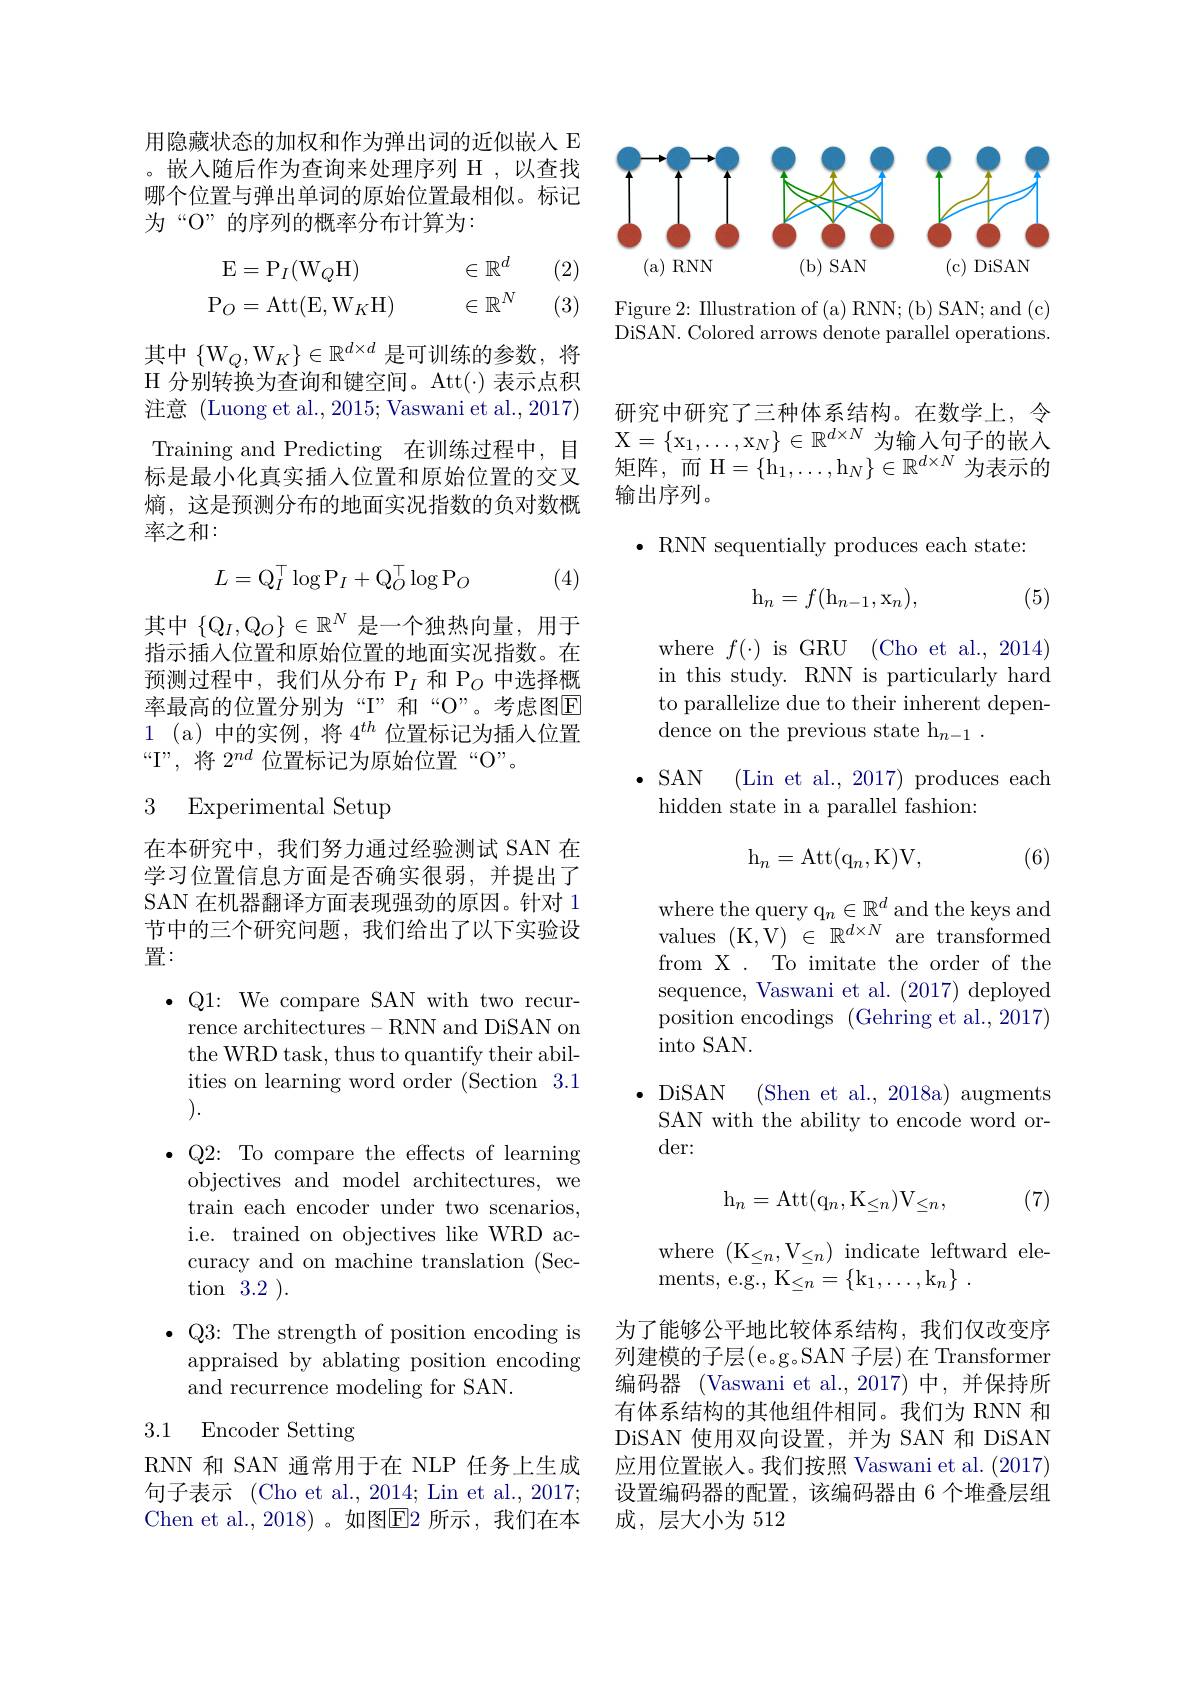
<FigureHere>

Figure 2: Illustration of (a) RNN; (b) SAN; and (c) DiSAN. Colored arrows denote parallel operations.

用隐藏状态的加权和作为弹出词的近似嵌人 E 。嵌入随后作为查询来处理序列 H ,以查找哪个位置与弹出单词的原始位置最相似。标记为“O”的序列的概率分布计算为：
$$\begin{aligned}\mathrm{E}&=\mathrm{P}_I(\mathrm{W}_Q\mathrm{H})&\in\mathbb{R}^d\\\mathrm{P}_O&=\mathrm{Att}(\mathrm{E},\mathrm{W}_K\mathrm{H})&\in\mathbb{R}^N\end{aligned}$$
(2) (3)

其中$\{\mathrm{W}_Q,\mathrm{W}_K\}\in\mathbb{R}^{d\times d}$是可训练的参数，将H 分别转换为查询和键空间。Att(·)表示点积注意 (Luong et al., 2015; Vaswani et al., 2017) Training and Predicting 在训练过程中，目$\begin{array}{cc}\mathrm{X=\{x_1,\ldots,x_N\}\in\mathbb{R}^{d\times N}}\text{为输人句子的嵌入}\\\text{标是最小化真实插入位置和原始位置的交叉}&\text{矩阵，而 H=\{h}_1,\ldots,\mathrm{h}_N\}\in\mathbb{R}^{d\times N}\text{为表示的}\end{array}$
标是最小化真实插入位置和原始位置的交叉熵，这是预测分布的地面实况指数的负对数概率之和：
$$L=\mathrm Q_I^\top\log\mathrm P_I+\mathrm Q_O^\top\log\mathrm P_O$$
(4)

其中$\{\mathbb{Q}_I,\mathbb{Q}_O\}\in\mathbb{R}^N$是一个独热向量，用于指示插入位置和原始位置的地面实况指数。在预测过程中，我们从分布$\mathcal{P}_I\text{ 和 P}_O$中选择概率最高的位置分别为“T”和“O”。考虑图$\overline{\mathrm{E}}$ 1 (a)中的实例，将$4^{th}$位置标记为插人位置“I”,将$2^{nd}$位置标记为原始位置“O”。

### 3 Experimental Setup

在本研究中，我们努力通过经验测试 SAN 在学习位置信息方面是否确实很弱，并提出了SAN 在机器翻译方面表现强劲的原因。针对 1节中的三个研究问题，我们给出了以下实验设置：
$\bullet$Q1: We compare SAN with two recur-
rence architectures-RNN and DiSAN on the WRD task, thus to quantify their abilities on learning word order (Section 3.1 ).
$\bullet$ Q2: To compare the effects of learning
objectives and model architectures, we train each encoder under two scenarios, i.e. trained on objectives like WRD accuracy and on machine translation (Section 3.2 ).
$\bullet$Q3: The strength of position encoding is

appraised by ablating position encoding
and recurrence modeling for SAN.

### 3.1 Encoder Setting

RNN 和 SAN 通常用于在 NLP 任务上生成句子表示 (Cho et al., 2014; Lin et al., 2017; Chen et al.,2018)。如图$\boxed{\mathrm{E}}$2 所示，我们在本

研究中研究了三种体系结构。在数学上，令
输出序列。

$\bullet$ RNN sequentially produces each state:
$$\mathrm h_n=f(\mathrm h_{n-1},\mathrm x_n),$$
(5)

where$f(\cdot)$isGRU(Choetal.2014) in this study. RNN is particularly hard to parallelize due to their inherent dependence on the previous state h$_n- 1$ .

$\bullet$ SAN (Lin et al., 2017)produces each
hidden state in a parallel fashion:
$$\mathrm h_n=\mathrm A\mathrm t\mathrm t(\mathrm q_n,\mathrm K)\mathrm V,$$
(6)

where the query q$_n\in\mathbb{R}^d$ and the keys and values (K, V$) \in \mathbb{R} ^{d\times N}$ are transformed from X . To imitate the order of the sequence, Vaswani et al. (2017) deployed position encodings (Gehring et al., 2017) into SAN.

$\cdot$ DiSAN
(Shen et al., 2018a) augments
SAN with the ability to encode word or-
der:

(7)
$$\mathrm h_n=\mathrm A\mathrm t\mathrm t(\mathrm q_n,\mathrm K_{\le n})\mathrm V_{\le n},$$
where ( $K_{\leq n}$, $V_{\leq n}$) indicate leftward ele-
$\mathrm{ments, ~e. g. , ~K}_{\leq n}= \{ \mathrm{k} _{1}, \ldots , \mathrm{k} _{n}\}$ .

为了能够公平地比较体系结构，我们仅改变序列建模的子层(e.g.SAN 子层)在 Transformer 编码器 (Vaswani et al.,2017) 中，并保持所有体系结构的其他组件相同。我们为 RNN 和DiSAN 使用双向设置，并为 SAN 和 DiSAN 应用位置嵌人。我们按照 Vaswani et al. (2017) 设置编码器的配置，该编码器由 6 个堆叠层组成，层大小为 512